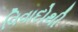
વિવાદોથી